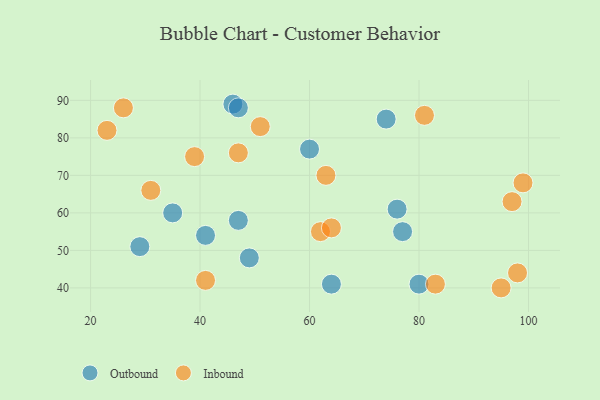
{"axis": {"x": "GDP", "y": "Life Expectancy"}, "legend": ["Inbound", "Outbound"], "data": [{"x": "47", "y": 58, "type": "Outbound"}, {"x": "74", "y": 85, "type": "Outbound"}, {"x": "35", "y": 60, "type": "Outbound"}, {"x": "60", "y": 77, "type": "Outbound"}, {"x": "46", "y": 89, "type": "Outbound"}, {"x": "76", "y": 61, "type": "Outbound"}, {"x": "64", "y": 41, "type": "Outbound"}, {"x": "80", "y": 41, "type": "Outbound"}, {"x": "47", "y": 88, "type": "Outbound"}, {"x": "29", "y": 51, "type": "Outbound"}, {"x": "41", "y": 54, "type": "Outbound"}, {"x": "77", "y": 55, "type": "Outbound"}, {"x": "49", "y": 48, "type": "Outbound"}, {"x": "99", "y": 68, "type": "Inbound"}, {"x": "83", "y": 41, "type": "Inbound"}, {"x": "98", "y": 44, "type": "Inbound"}, {"x": "63", "y": 70, "type": "Inbound"}, {"x": "62", "y": 55, "type": "Inbound"}, {"x": "31", "y": 66, "type": "Inbound"}, {"x": "95", "y": 40, "type": "Inbound"}, {"x": "51", "y": 83, "type": "Inbound"}, {"x": "23", "y": 82, "type": "Inbound"}, {"x": "97", "y": 63, "type": "Inbound"}, {"x": "41", "y": 42, "type": "Inbound"}, {"x": "39", "y": 75, "type": "Inbound"}, {"x": "64", "y": 56, "type": "Inbound"}, {"x": "47", "y": 76, "type": "Inbound"}, {"x": "26", "y": 88, "type": "Inbound"}, {"x": "81", "y": 86, "type": "Inbound"}]}